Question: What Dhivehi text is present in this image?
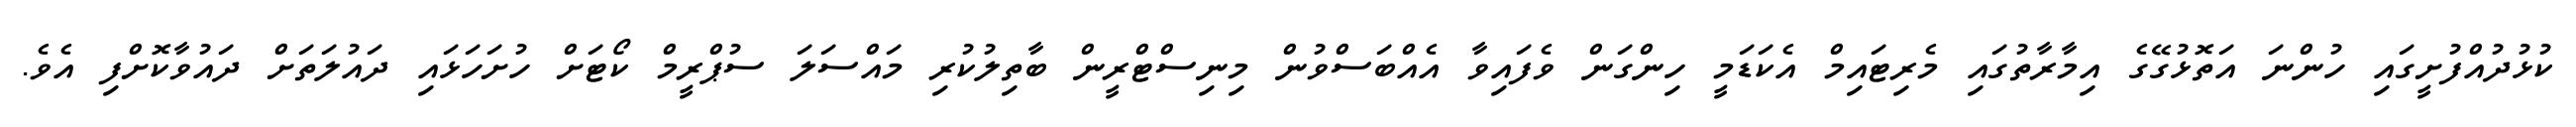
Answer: ކުޅުދުއްފުށީގައި ހުންނަ އަތޮޅުގޭގެ އިމާރާތުގައި މެރިޓައިމް އެކަޑަމީ ހިންގަން ވެފައިވާ އެއްބަސްވުން މިނިސްޓްރީން ބާތިލުކުރި މައްސަލަ ސުޕްރީމް ކޯޓަށް ހުށަހަޅައި ދައުލަތަށް ދައުވާކޮށްފި އެވެ.